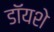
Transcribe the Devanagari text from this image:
डॉयशे